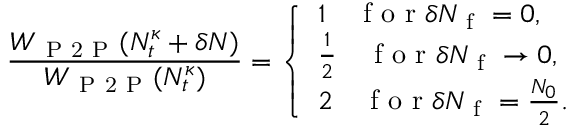
\frac { W _ { \mathrm { ~ P ~ 2 ~ P ~ } } ( N _ { t } ^ { \kappa } + \delta N ) } { W _ { \mathrm { ~ P ~ 2 ~ P ~ } } ( N _ { t } ^ { \kappa } ) } = \left\{ \begin{array} { l l } { 1 \quad \mathrm { ~ f ~ o ~ r ~ } \delta N _ { \mathrm { ~ f ~ } } = 0 , } \\ { \frac { 1 } { 2 } \quad \mathrm { ~ f ~ o ~ r ~ } \delta N _ { \mathrm { ~ f ~ } } \to 0 , } \\ { 2 \quad \mathrm { ~ f ~ o ~ r ~ } \delta N _ { \mathrm { ~ f ~ } } = \frac { N _ { 0 } } { 2 } . } \end{array} \right.